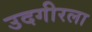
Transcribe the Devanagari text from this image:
उदगीरला